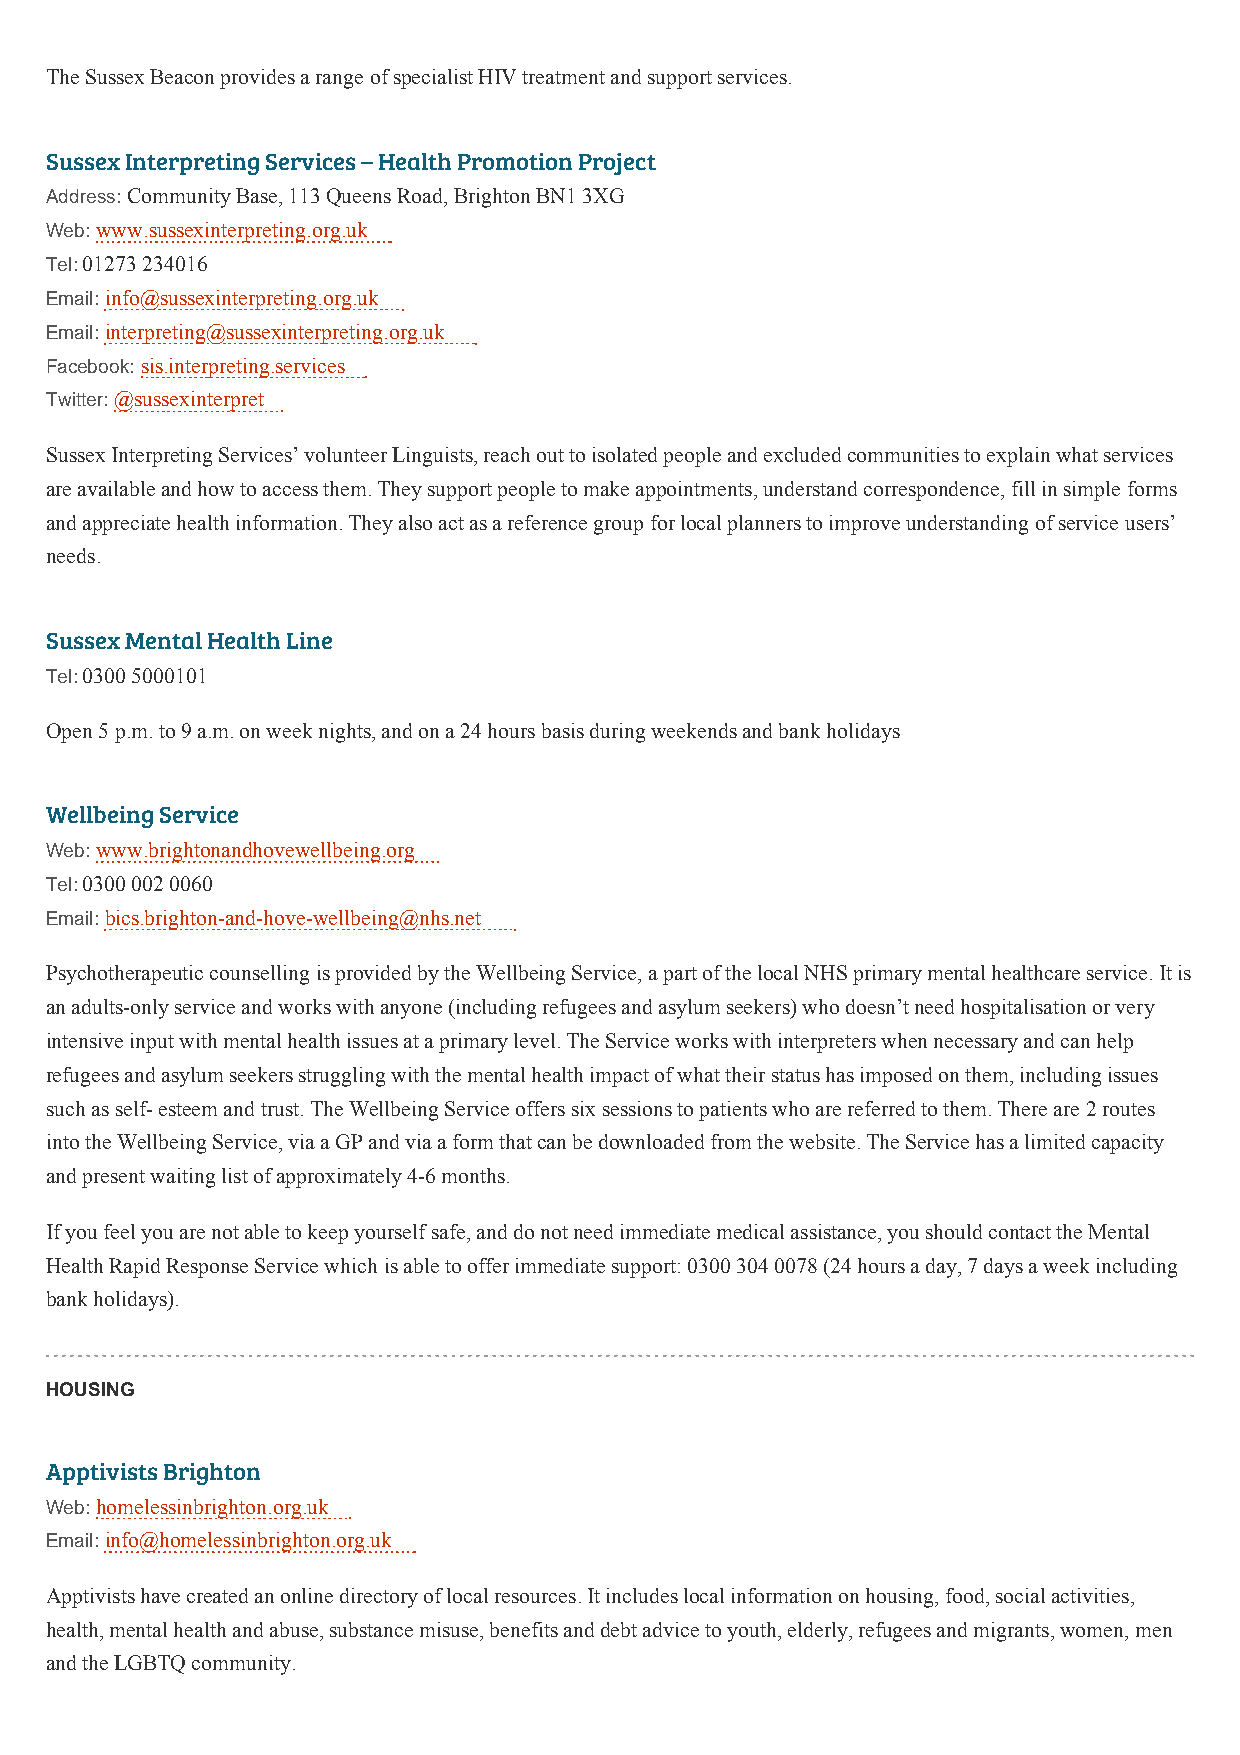
The Sussex Beacon provides a range of specialist HIV treatment and support services.
 Sussex Interpreting Services – Health Promotion Project
 Address: Community Base, 113 Queens Road, Brighton BN1 3XG
 Web: www.sussexinterpreting.org.uk
 Tel: 01273 234016
 Email: info@sussexinterpreting.org.uk
 Email: interpreting@sussexinterpreting.org.uk
 Facebook: sis.interpreting.services
 Twitter: @sussexinterpret
 Sussex Interpreting Services’ volunteer Linguists, reach out to isolated people and excluded communities to explain what services
 are available and how to access them. They support people to make appointments, understand correspondence, fill in simple forms
 and appreciate health information. They also act as a reference group for local planners to improve understanding of service users’
 needs.
 Sussex Mental Health Line
 Tel: 0300 5000101
 Open 5 p.m. to 9 a.m. on week nights, and on a 24 hours basis during weekends and bank holidays
 Wellbeing Service
 Web: www.brightonandhovewellbeing.org
 Tel: 0300 002 0060
 Email: bics.brighton-and-hove-wellbeing@nhs.net
 Psychotherapeutic counselling is provided by the Wellbeing Service, a part of the local NHS primary mental healthcare service. It is
 an adults-only service and works with anyone (including refugees and asylum seekers) who doesn’t need hospitalisation or very
 intensive input with mental health issues at a primary level. The Service works with interpreters when necessary and can help
 refugees and asylum seekers struggling with the mental health impact of what their status has imposed on them, including issues
 such as self- esteem and trust. The Wellbeing Service offers six sessions to patients who are referred to them. There are 2 routes
 into the Wellbeing Service, via a GP and via a form that can be downloaded from the website. The Service has a limited capacity
 and present waiting list of approximately 4-6 months.
 If you feel you are not able to keep yourself safe, and do not need immediate medical assistance, you should contact the Mental
 Health Rapid Response Service which is able to offer immediate support: 0300 304 0078 (24 hours a day, 7 days a week including
 bank holidays).
 HOUSING
 Apptivists Brighton
 Web: homelessinbrighton.org.uk
 Email: info@homelessinbrighton.org.uk
 Apptivists have created an online directory of local resources. It includes local information on housing, food, social activities,
 health, mental health and abuse, substance misuse, benefits and debt advice to youth, elderly, refugees and migrants, women, men
 and the LGBTQ community.